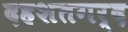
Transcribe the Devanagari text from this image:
दहशतगर्द